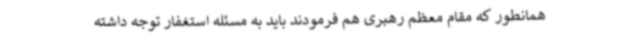
همانطور که مقام معظم رهبری هم فرمودند باید به مسئله استغفار توجه داشته